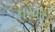
નરવાઈ